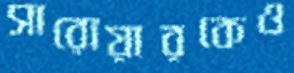
সারোয়ারকেও